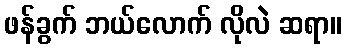
ဖန်ခွက် ဘယ်လောက် လိုလဲ ဆရာ။